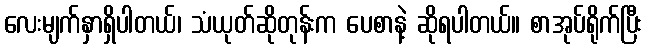
လေးမျက်နှာရှိပါတယ်၊ သံယုတ်ဆိုတုန်းက ပေစာနဲ့ ဆိုရပါတယ်။ စာအုပ်ရိုက်ပြီး